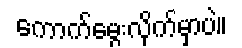
ကောက်မွေးလိုက်မှာပဲ။